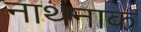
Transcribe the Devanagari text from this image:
नाथनाक